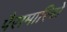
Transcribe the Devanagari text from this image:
पैरामारिबो